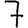
Digit: 7